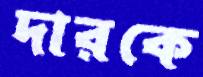
দারকে